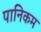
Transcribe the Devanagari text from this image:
पानिकम